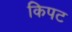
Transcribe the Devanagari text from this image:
किपट